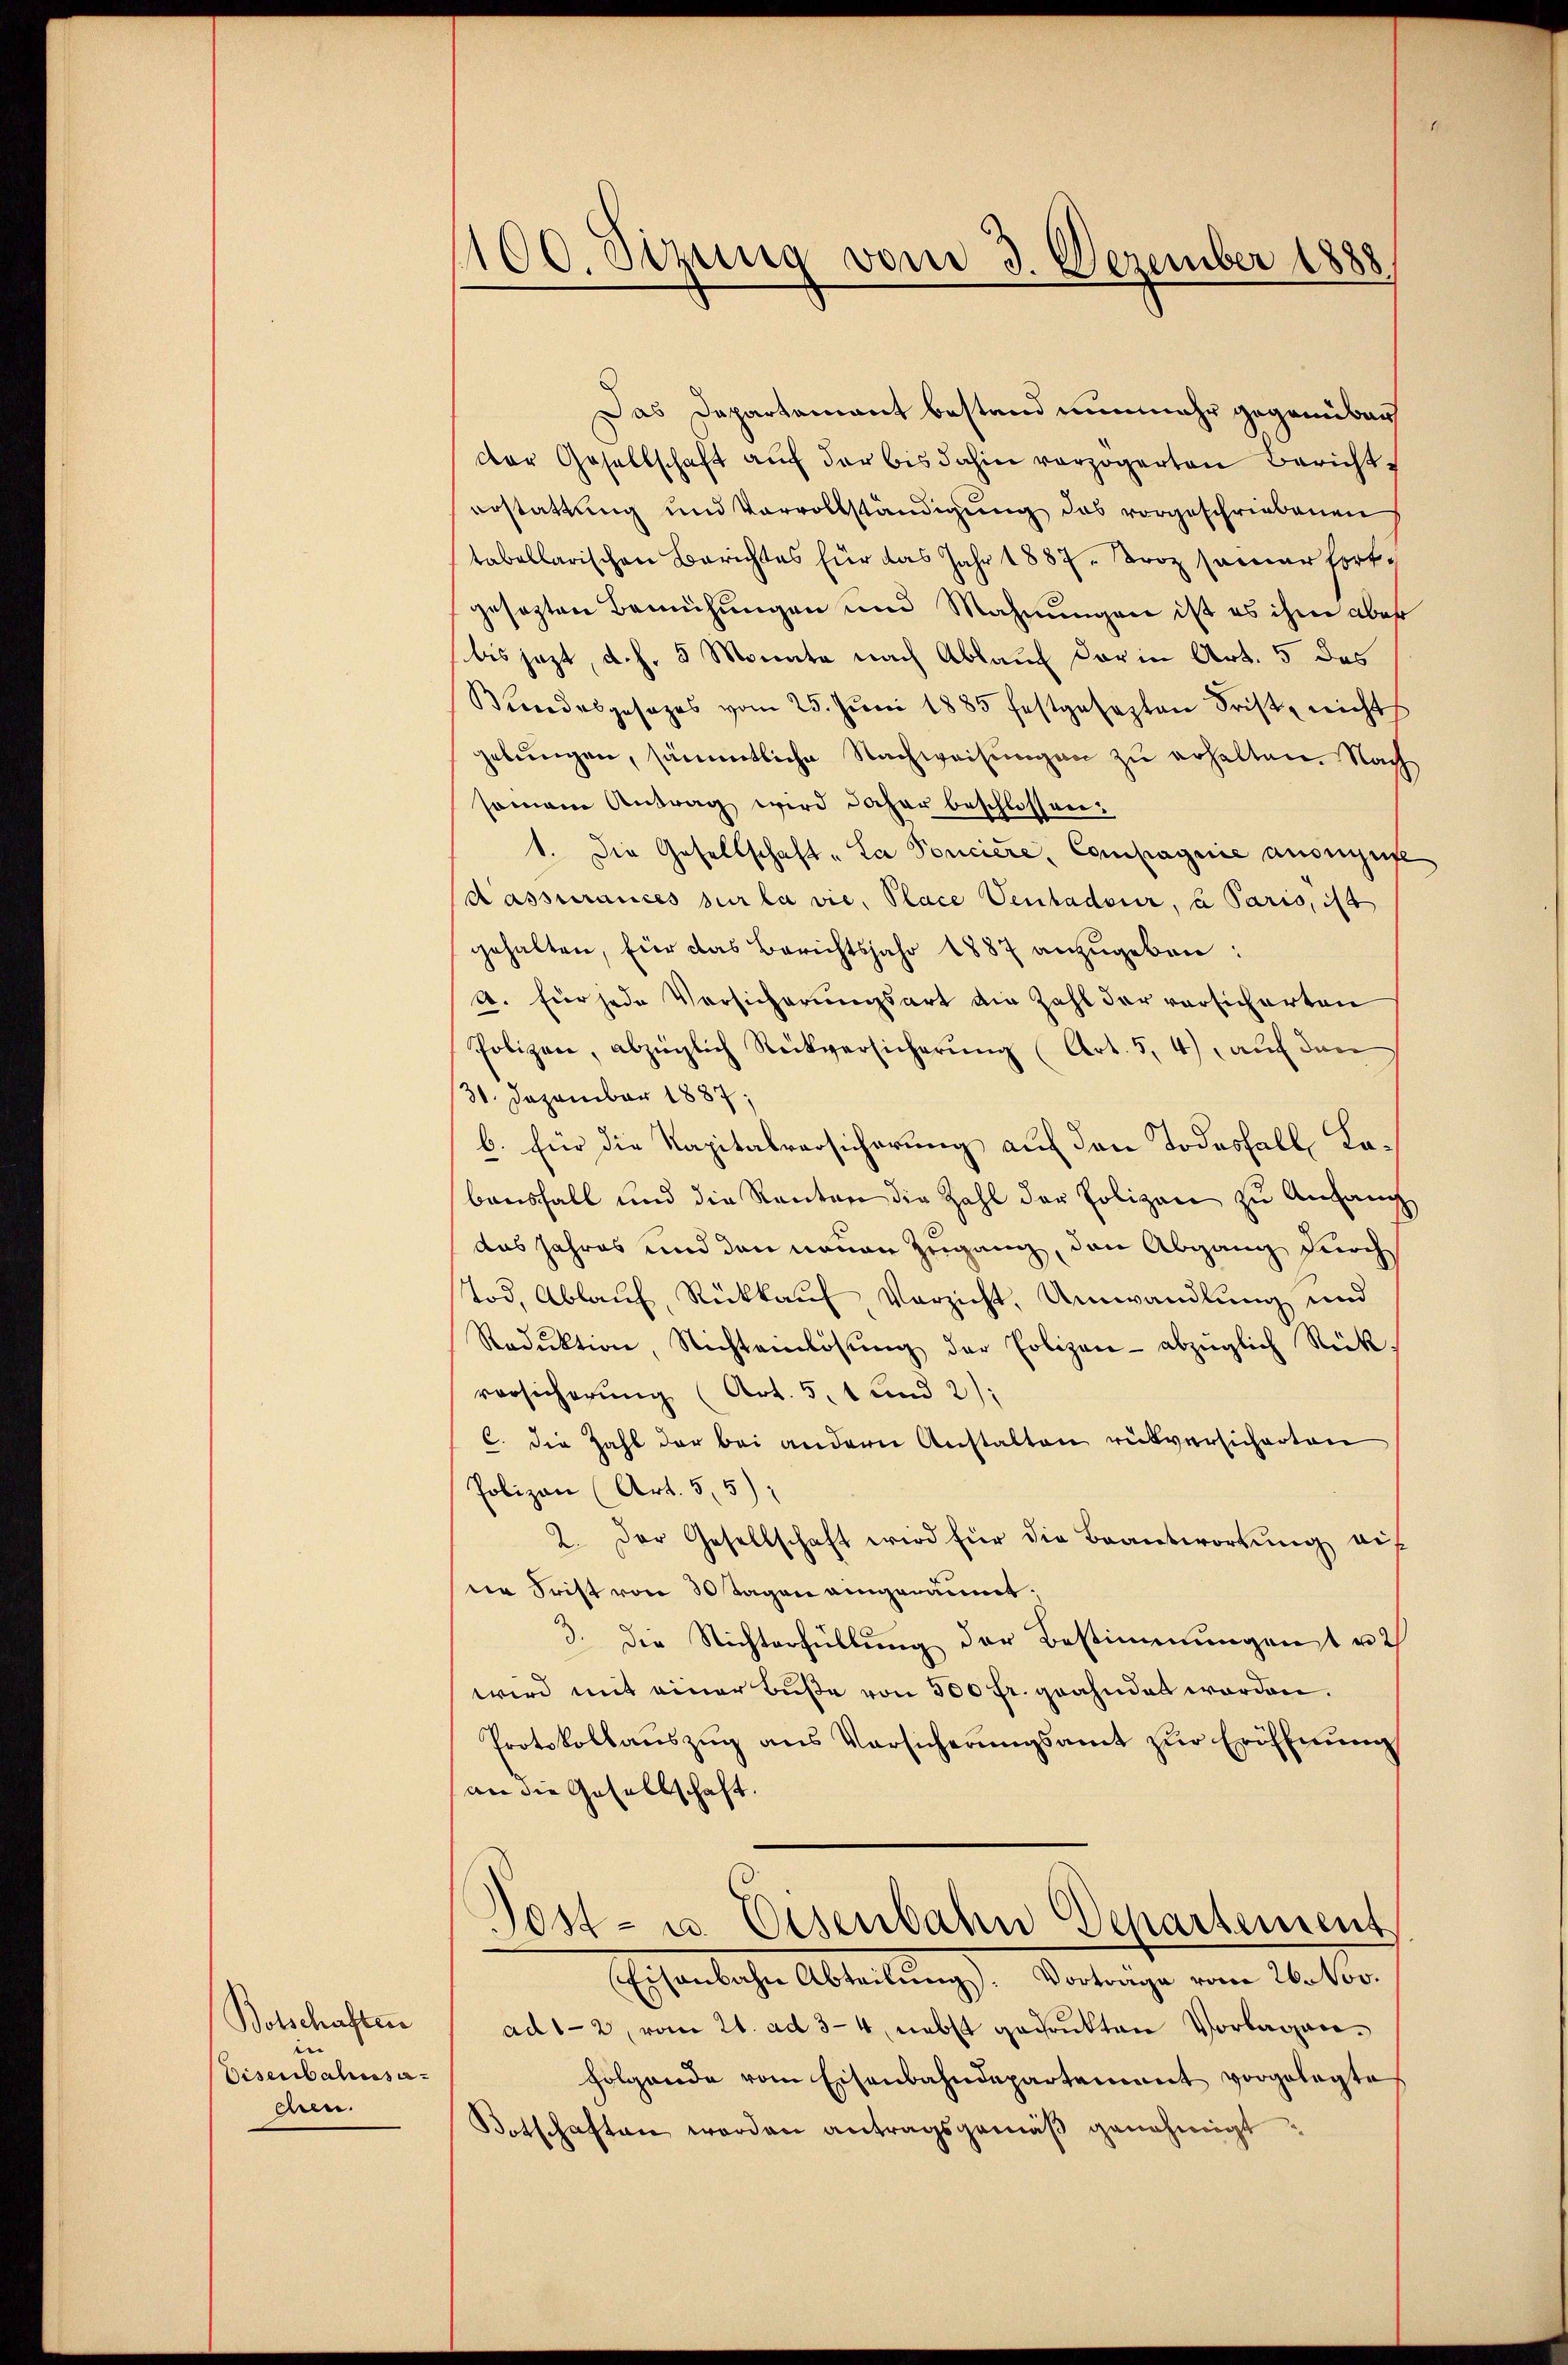
Botschaften
Eisenbahnsa-
chen.

100. Simina vom 3. Dezember 1888
.

Das Dapartement bestand nunmehr gegenüber
der Gesellschaft aŭf der bis dahin verzögerten Bericht
erstattung und Vervollständigung das vorgeschriebenen
tabellarischen Berichtes für das Jahr 1887 Croz samer fortgesezten Bemühungen und Mahnungen ist es ihm aber
bis jezt, d. h. 5 Monate nach Ablauf darin Art. 5 des
Bundesgesages vom 25. Jŭni 1885 festgesezten Frist nicht
gebŭngen, sämmtliche Nachweisungen zu erhalten. Nach
semann Antrag wird daher beschlossen:
1. Die Gesellschaft „La Ponciere, Compagnie ausreife
Passurances sur la vie, Place Ventadeur, a Paris, ist
gehalten, für das Berichtsjahr 1887 anzugeben:
A. für jede Versicherungsart die Zahl der versicherten
Polizen, abzüglich Rückversicherung (Art. 5, 4) auf den
31. Dezember 1887,
b. für die Kapitalversicherung auf den Todesfall Kabausfall und die Renten die Zahl der Polizen zu Anfang
das Jahres und den neuen Zugang, den Abgang durch
Tod, Ablaŭf, Rückkaŭf Verzicht, Umwandlung und
Redŭktion, Nichteinlösŭng der Polizen abzüglich Rückversicherung (Art. 51 und 2);
C. die Zahl der bei andern Anstalten rückversicherten
Polizen (Art. 5,5):
2. Der Gesellschaft wird für die Beantwortung auf
ne Frist von 30 Tagen angeräumt.
3. Die Nichterfüllung der Bestimmungenst u. 2
wird mit einer Buße von 300 fr. geahndet worden.
Protokollaŭszŭg ans Versicherŭngsamt zŭr Eröffnŭng
an die Gesellschaft.
Post- u. Eisenbahn Departement
Eisenbahn Abteilung. Vortrage vom 26. Nov.
ad 1-2 vom 21. ad 3-4 nebst gedruckten Vorlagen.
Folgende vom Eisenbahndepartement vorgelegte
Botschaften worden antragsgemäβ genehmigt.